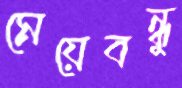
মেয়েবন্ধু